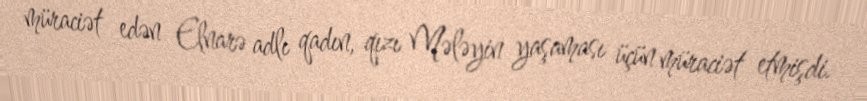
müraciət edən Elnarə adlı qadın, qızı Mələyin yaşaması üçün müraciət etmişdi.